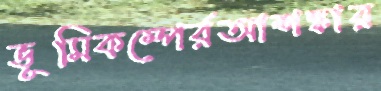
ভূমিকম্পের্রআশঙ্কার